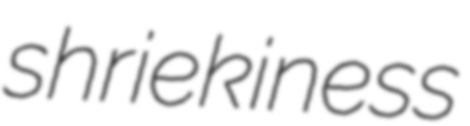
shriekiness